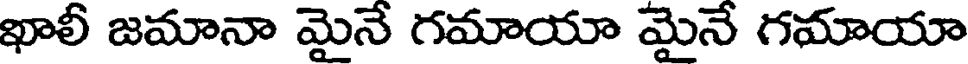
ఖాలీ జమానా మైనే గమాయా మైనే గమాయా